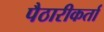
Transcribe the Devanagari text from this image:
पैठारीकर्ता